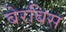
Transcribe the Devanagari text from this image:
बेरबिस